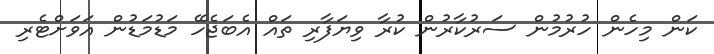
ކަން މިހެން ހުރުމުން ސަރުކާރުން ކުރާ ވިޔަފާރި ތައް އެބަޖެހޭ މަޑުމަޑުން އަވަށްޓެރި